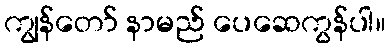
ကျွန်တော် နာမည် ပေဆေကွန်ပါ။